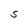
Character: S